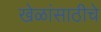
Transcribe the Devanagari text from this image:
खेळांसाठीचे